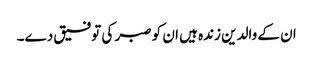
ان کے والدین زندہ ہیں ان کو صبر کی توفیق دے۔